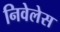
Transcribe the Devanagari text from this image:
निवेलेस